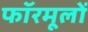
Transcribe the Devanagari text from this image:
फॉरमूलों